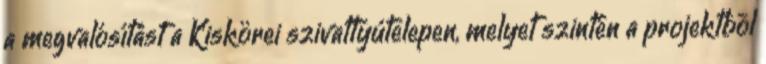
a megvalósítást a Kiskörei szivattyútelepen, melyet szintén a projektbõl